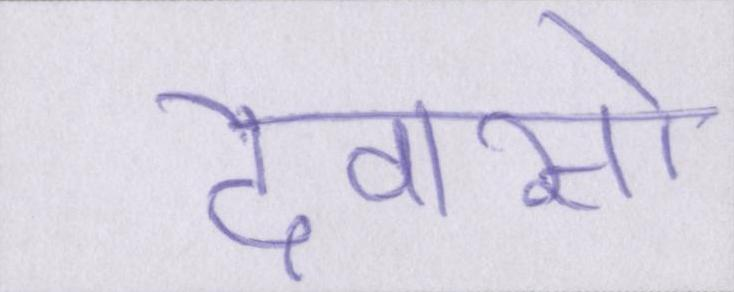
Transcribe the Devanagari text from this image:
देवासो